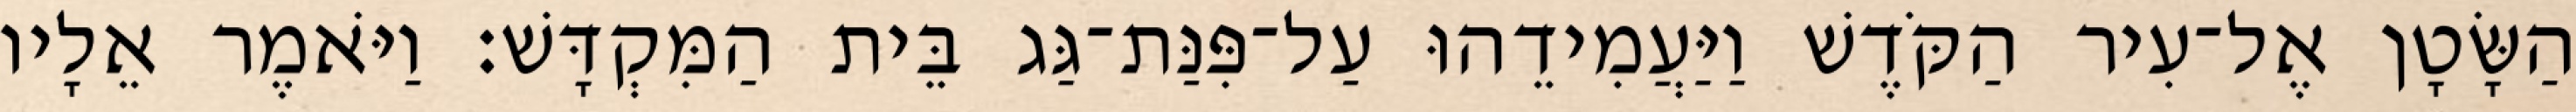
הַשָּׂטָן אֶל־עִיר הַקֹּדֶשׁ וַיַּעֲמִידֵהוּ עַל־פִּנַּת־גַּג בֵּית הַמִּקְדָּשׁ׃ וַיֹּאמֶר אֵלָיו